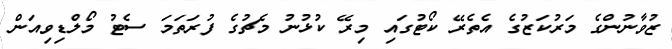
ޒުވާނުންގެ މަރުކަޒުގެ އެތެރޭ ކޯޓުގައި މިރޭ ކުޅުނު މެޗުގެ ފުރަތަމަ ސެޓު މޯލްޑިވިއަން